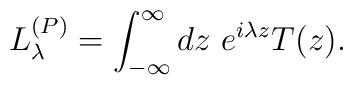
L^{(P)}_{\lambda} = \int_{-\infty }^{\infty } dz \ e^{i\lambda z}T(z).